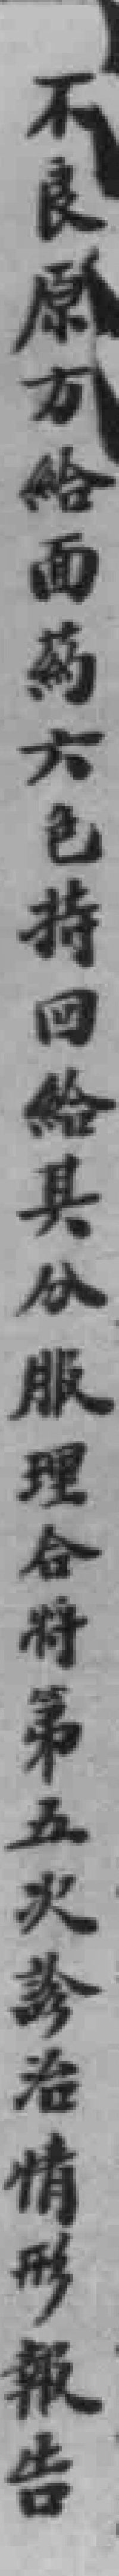
不良原方給面葯六包持回給其分服理合將第五次診治情形報告